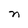
Character: n